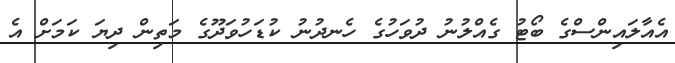
އެއާލައިންސްގެ ބޯޓު ގެއްލުނު ދުވަހުގެ ހެނދުނު ކުޑަހުވަދޫގެ މަތިން ދިޔަ ކަމަށް އެ